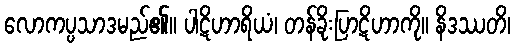
လောကပ္ပသာဒမည်၏။ ပါဋိဟာရိယံ၊ တန်ခိုးပြာဋိဟာကို။ နိဒဿတိ၊